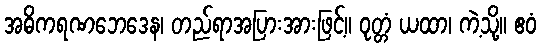
အဓိကရဏဘေဒေန၊ တည်ရာအပြားအားဖြင့်။ ဝုတ္တံ ယထာ၊ ကဲ့သို့။ ဧဝံ